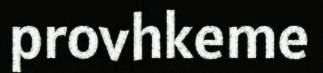
provhkeme